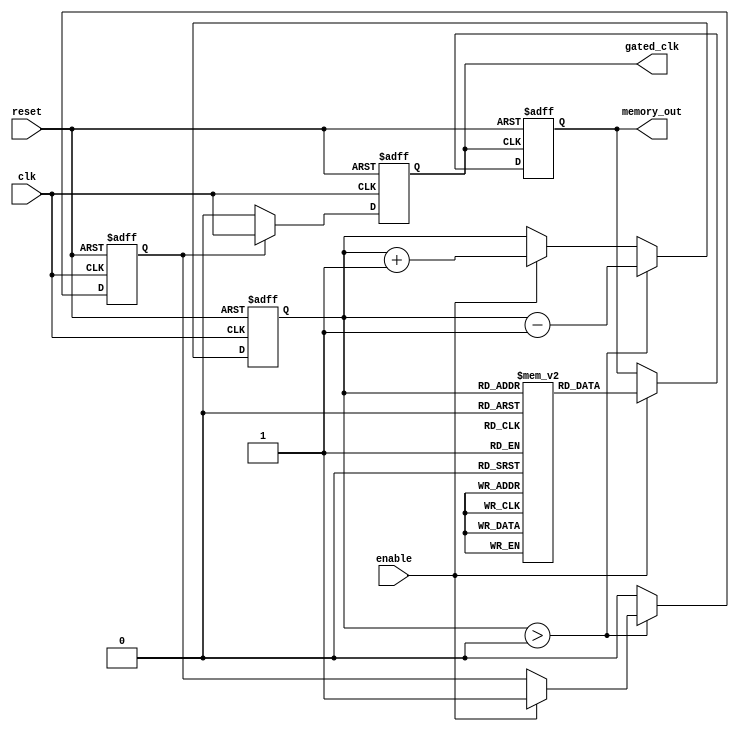
module dynamic_clock_gating (
    input wire clk,               // Main clock input
    input wire reset,             // Asynchronous reset
    input wire enable,            // Enable signal for memory access
    output wire gated_clk,        // Gated clock output
    output wire [DATA_WIDTH-1:0] memory_out // Memory output
);
    parameter DATA_WIDTH = 8;     // Parameterize data width
    parameter GATE_DELAY = 1;     // Delay for clock gating switch (in time units)

    reg [DATA_WIDTH-1:0] memory [0:255]; // Memory array
    reg [7:0] activity_counter;    // Counter for activity monitoring
    reg active;                    // Activity flag
    reg gated_clk_internal;        // Internal gated clock

    // Clock gating control logic
    always @(posedge clk or posedge reset) begin
        if (reset) begin
            activity_counter <= 8'b0;
            active <= 1'b0;
            gated_clk_internal <= 1'b0;
        end else begin
            if (enable) begin
                activity_counter <= activity_counter + 1; // Increment counter on enable
                active <= 1'b1; // Set active flag
            end
            
            // Activity monitoring logic
            if (activity_counter > 0) begin
                activity_counter <= activity_counter - 1; // Decrement counter
            end else begin
                active <= 1'b0; // Clear active flag if counter is zero
            end
            
            // Dynamic clock gating logic
            if (active) begin
                gated_clk_internal <= clk; // Pass the clock if active
            end else begin
                gated_clk_internal <= 1'b0; // Gated clock is low if inactive
            end
        end
    end

    // Output the gated clock
    assign gated_clk = gated_clk_internal;

    // Memory operation example (using gated clock)
    always @(posedge gated_clk or posedge reset) begin
        if (reset) begin
            memory_out <= {DATA_WIDTH{1'b0}}; // Clear output on reset
        end else if (enable) begin
            // Example memory read operation
            memory_out <= memory[activity_counter]; // Read from memory
        end
    end

endmodule